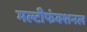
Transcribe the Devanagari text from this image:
मल्टीफंक्शनल